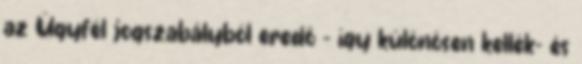
az Ügyfél jogszabályból eredő – így különösen kellék- és